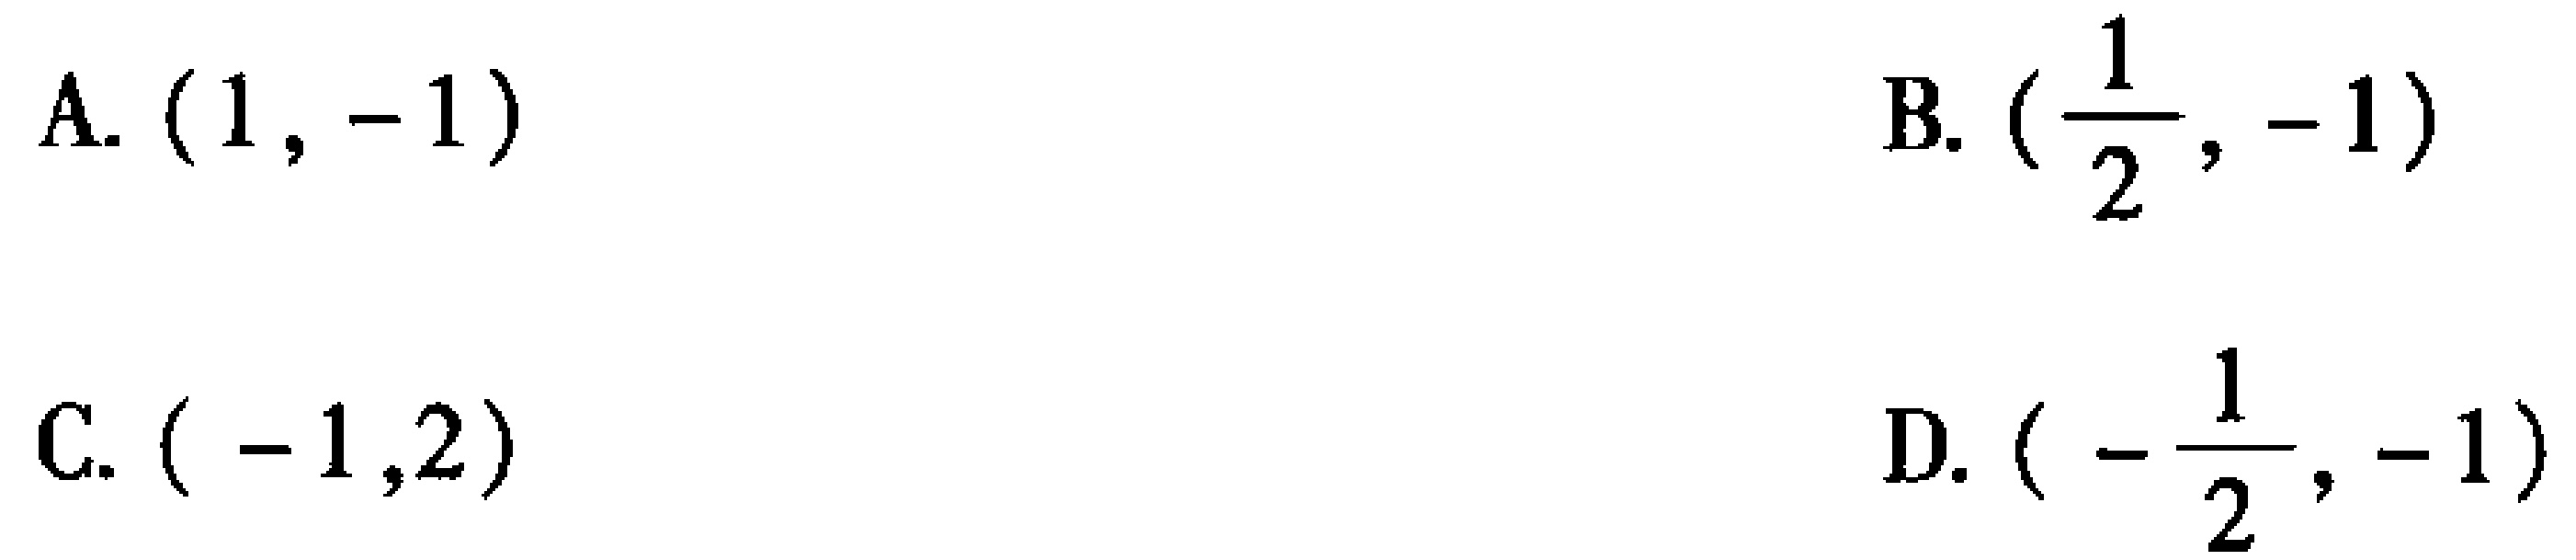
A. $(1, -1)$  B. $(\frac{1}{2}, -1)$  C. $(-1,2)$  D. $(-\frac{1}{2}, -1)$